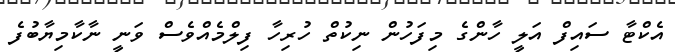
އެކްޓާ ސައިފް އަލީ ހާންގެ މިފަހުން ނިކުތް ހުރިހާ ފިލްމެއްވެސް ވަނީ ނާކާމިޔާބުފެ